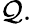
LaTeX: \mathcal{Q}.